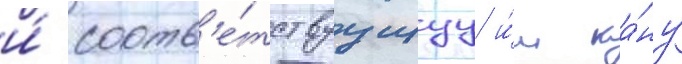
и́ соотв'е́тствуущуу и́м ка́ну